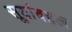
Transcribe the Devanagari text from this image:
सूर्याबद्दल